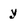
Character: y